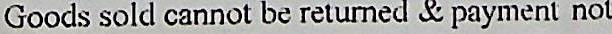
GOODS SOLD CANNOT BE RETURNED & PAYMENT NOT